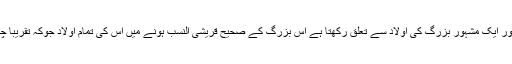
ایک شخص جو کہ قریشی النسب ہے اور ایک مشہور بزرگ کی اولاد سے تعلق رکھتا ہے اس بزرگ کے صحیح قریشی النسب ہونے میں اس کی تمام اولاد جوکہ تقریباً چار سو نفوس پر مشتمل ہے‘ متفق ہے۔